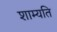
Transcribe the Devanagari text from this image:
शाम्यति